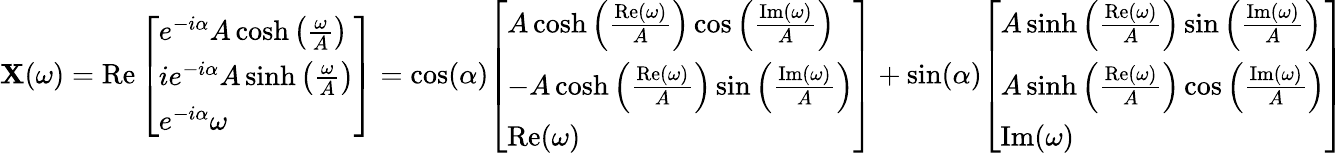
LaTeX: \mathbf{X}(\omega)=\operatorname{Re}{\left[\begin{array}{l}{e^{-i\alpha}A\cosh\left({\frac{\omega}{A}}\right)}\\ {ie^{-i\alpha}A\sinh\left({\frac{\omega}{A}}\right)}\\ {e^{-i\alpha}\omega}\end{array}\right]}=\cos(\alpha){\left[\begin{array}{l}{A\cosh\left({\frac{\operatorname{Re}(\omega)}{A}}\right)\cos\left({\frac{\operatorname{Im}(\omega)}{A}}\right)}\\ {-A\cosh\left({\frac{\operatorname{Re}(\omega)}{A}}\right)\sin\left({\frac{\operatorname{Im}(\omega)}{A}}\right)}\\ {\operatorname{Re}(\omega)}\end{array}\right]}+\sin(\alpha){\left[\begin{array}{l}{A\sinh\left({\frac{\operatorname{Re}(\omega)}{A}}\right)\sin\left({\frac{\operatorname{Im}(\omega)}{A}}\right)}\\ {A\sinh\left({\frac{\operatorname{Re}(\omega)}{A}}\right)\cos\left({\frac{\operatorname{Im}(\omega)}{A}}\right)}\\ {\operatorname{Im}(\omega)}\end{array}\right]}